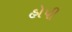
હોપી